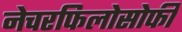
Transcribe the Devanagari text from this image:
नेचरफिलोसोफी